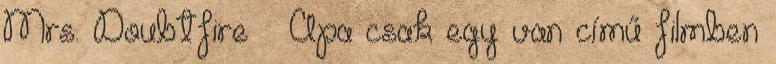
Mrs. Doubtfire – Apa csak egy van című filmben